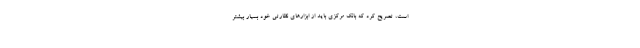
است، تصریح کرد که بانک مرکزی باید از ابزارهای نظارتی خود بسیار بیشتر